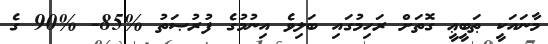
މާނައަކީ ޠަބީޢީ ގޮތަށް ރަހިމުގައި ބަލިވެ އިނުމުގެ ފުރުޞަތު %85- %90 ގެ